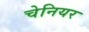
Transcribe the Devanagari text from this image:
चेनियर